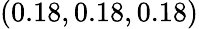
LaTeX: (0.18,0.18,0.18)